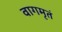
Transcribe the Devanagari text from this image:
वागमृतं